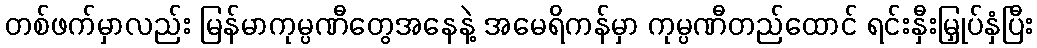
တစ်ဖက်မှာလည်း မြန်မာကုမ္ပဏီတွေအနေနဲ့ အမေရိကန်မှာ ကုမ္ပဏီတည်ထောင် ရင်းနှီးမြှုပ်နှံပြီး